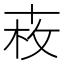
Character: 𠦩